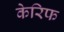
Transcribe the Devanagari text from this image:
केरिफ